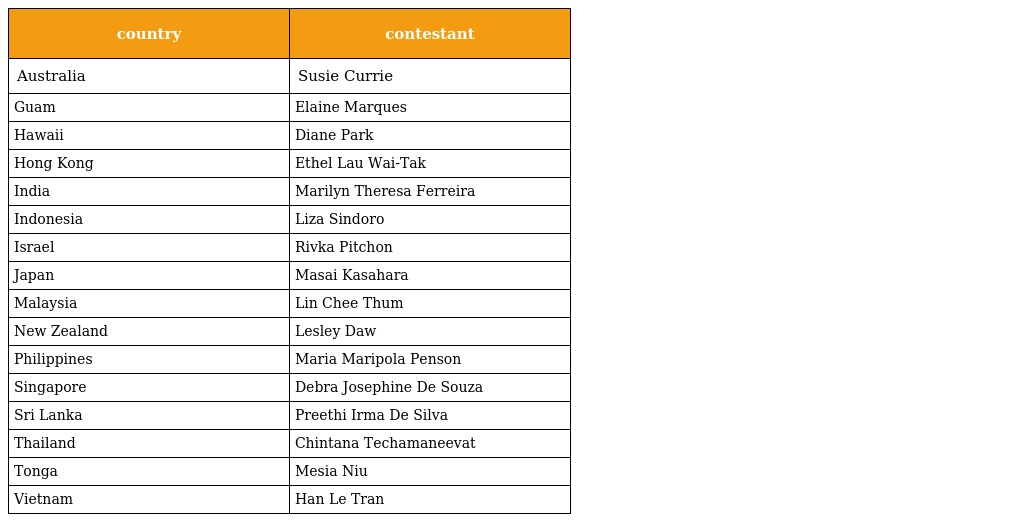
| country | contestant |
 | --- | --- |
 | Australia | Susie Currie |
 | Guam | Elaine Marques |
 | Hawaii | Diane Park |
 | Hong Kong | Ethel Lau Wai-Tak |
 | India | Marilyn Theresa Ferreira |
 | Indonesia | Liza Sindoro |
 | Israel | Rivka Pitchon |
 | Japan | Masai Kasahara |
 | Malaysia | Lin Chee Thum |
 | New Zealand | Lesley Daw |
 | Philippines | Maria Maripola Penson |
 | Singapore | Debra Josephine De Souza |
 | Sri Lanka | Preethi Irma De Silva |
 | Thailand | Chintana Techamaneevat |
 | Tonga | Mesia Niu |
 | Vietnam | Han Le Tran |